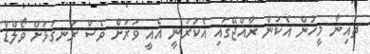
ޗައިނާ މީހުން އެކަން ރާއްޖޭގައި އެކުރަނީ އެއީ ވަރަށް ވެސް ރަނގަޅަށް ވޯލްޑް